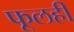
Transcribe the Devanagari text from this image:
फूलही